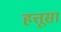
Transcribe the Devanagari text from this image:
हत्तूसा